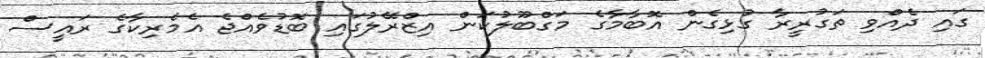
ގައި ދެއްވި ތަގުރީރާ ގުޅިގެން އޮބާމާގެ މަގްބޫލުކަން އިޒްރޭލުގައި ބޮޑުވެއްޖެ އެމެރިކާގެ ރައީސް